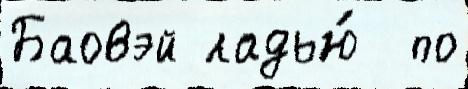
Баовэй ладью́  по